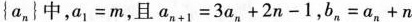
{a_n}中，a_1=m，且$$a_{n+1}=3a_n+2n-1，b_n=a_n+n$$